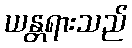
ယန္တရားသည်